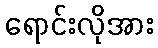
ရောင်းလိုအား